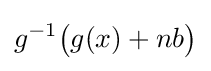
g^{-1}{\bigl (}g(x)+nb{\bigr )}